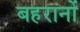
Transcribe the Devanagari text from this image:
बहरानों